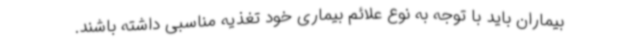
بیماران باید با توجه به نوع علائم بیماری خود تغذیه مناسبی داشته باشند.